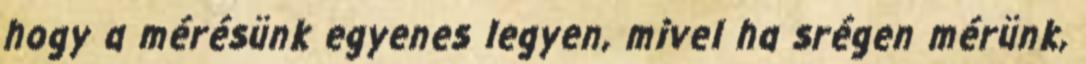
hogy a mérésünk egyenes legyen, mivel ha srégen mérünk,